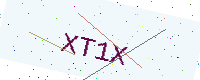
Text: XT1X